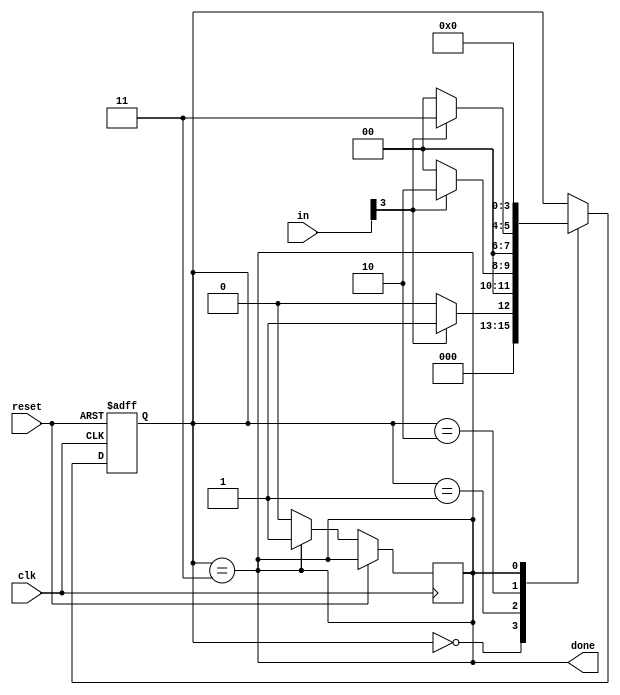
module top_module(
    input clk,
    input [7:0] in,
    input reset,    // Synchronous reset
    output done); //

    // State transition logic (combinational)

    // State flip-flops (sequential)
 
    // Output logic

    reg [3:0] state;
    reg done;

    always @(posedge clk or posedge reset) begin
        if (reset) begin
            state <= 0;
        end else begin
            case (state)
                0: begin
                    if (in[3] == 1) begin
                        state <= 1;
                    end else begin
                        state <= 0;
                    end
                end
                1: begin
                    if (in[3] == 1) begin
                        state <= 2;
                    end else begin
                        state <= 0;
                    end
                end
                2: begin
                    if (in[3] == 1) begin
                        state <= 3;
                    end else begin
                        state <= 0;
                    end
                end
                3: begin
                    done <= 1;
                    state <= 0;
                end
            endcase
        end
    end

    assign done = state == 3;

endmodule